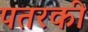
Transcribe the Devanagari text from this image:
पतरकी